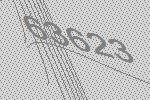
63623